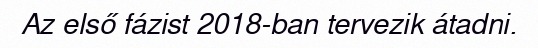
Az első fázist 2018-ban tervezik átadni.